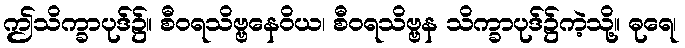
ဤသိက္ခာပုဒ်၌။ စီဝရသိဗ္ဗနေဝိယ၊ စီဝရသိဗ္ဗန သိက္ခာပုဒ်၌ကဲ့သို့။ ဓုရေ၊